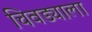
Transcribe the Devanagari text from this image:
चिवड्याला